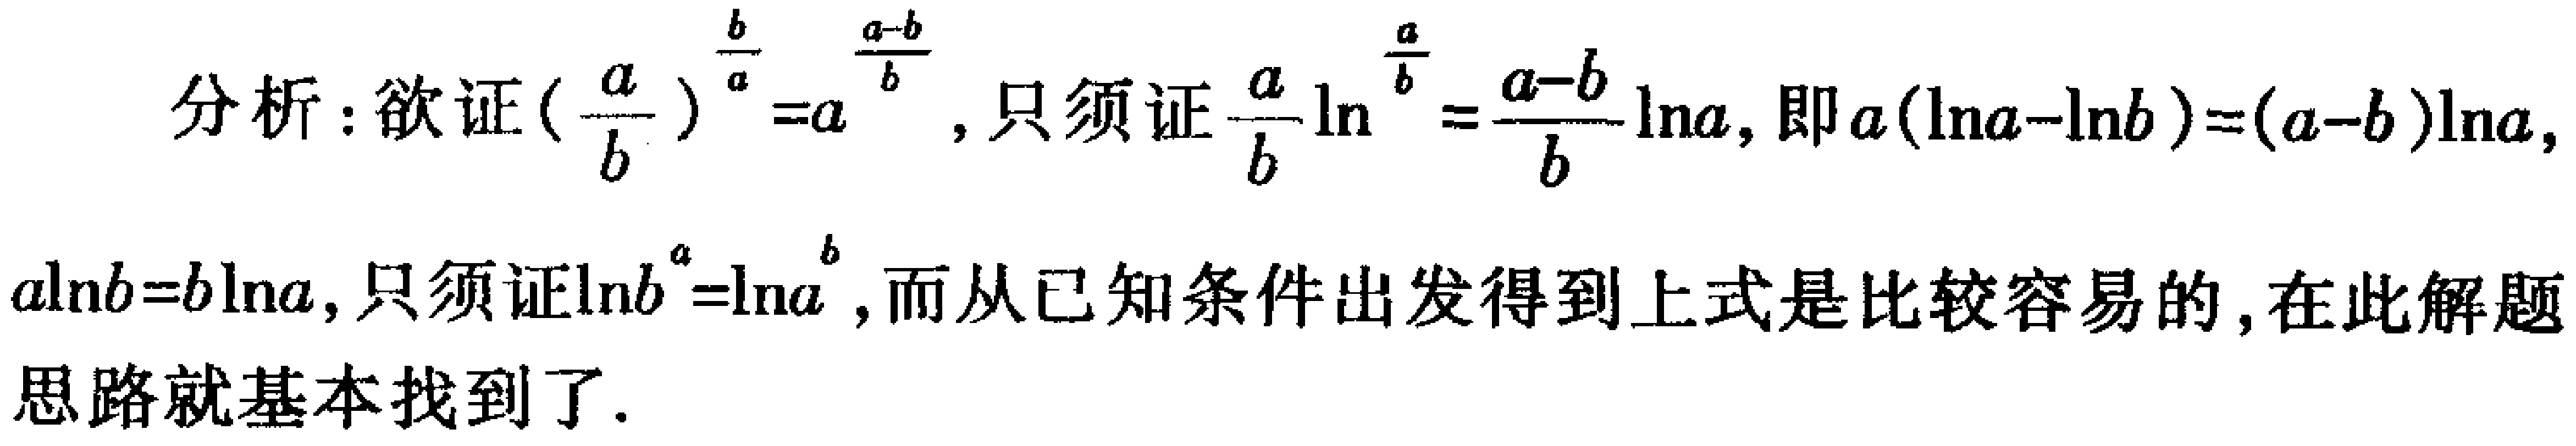
分析：欲证\((\frac{a}{b})^{\frac{b}{a}} = a^{\frac{a - b}{b}}\)，只须证\(\frac{a}{b}\ln^{\frac{a}{b}}=\frac{a - b}{b}\ln a\)，即\(a(\ln a-\ln b)=(a - b)\ln a\)，\(a\ln b = b\ln a\)，只须证\(\ln b^{a}=\ln a^{b}\)，而从已知条件出发得到上式是比较容易的，在此解题思路就基本找到了。